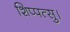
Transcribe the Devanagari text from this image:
शिप्पत्सु।